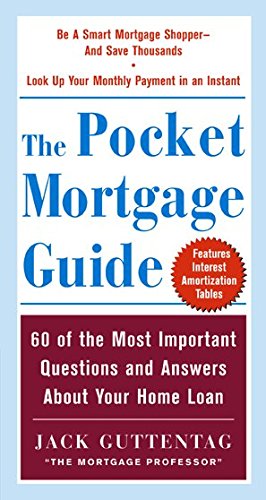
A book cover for The Pocket Mortgage Guide: 60 of the Most Important Questions and Answers About Your Home Loan - Plus Interest Amortization Tab; Jack Guttentag; Business & Money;